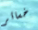
خسائر